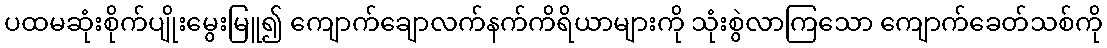
ပထမဆုံးစိုက်ပျိုးမွေးမြူ၍ ကျောက်ချောလက်နက်ကိရိယာများကို သုံးစွဲလာကြသော ကျောက်ခေတ်သစ်ကို